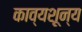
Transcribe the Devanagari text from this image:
काव्यशून्य